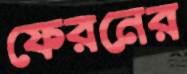
ফেরনের